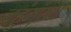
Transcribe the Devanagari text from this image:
चहुंमुंखी